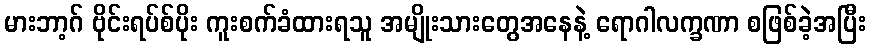
မားဘာ့ဂ် ဗိုင်းရပ်စ်ပိုး ကူးစက်ခံထားရသူ အမျိုးသားတွေအနေနဲ့ ရောဂါလက္ခဏာ စဖြစ်ခဲ့အပြီး